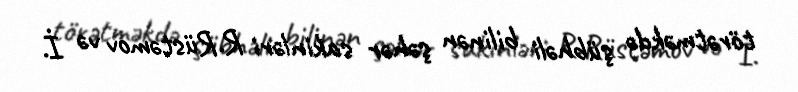
törətməkdə şübhəli bilinən şəhər sakinləri R.Rüstəmov və İ.